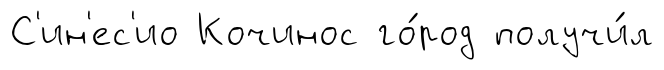
С'ин'ес'ио Кочинос го́род получи́л